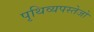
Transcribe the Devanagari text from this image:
पृथिव्यपस्तेजो